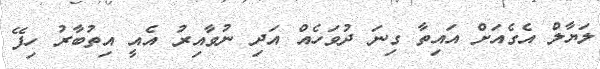
ލަޔާލް އެގެއަށް އައިތާ ގިނަ ދުވަހެއް އަދި ނުވާއިރު އެއީ އިތުބާރު ހިފޭ